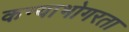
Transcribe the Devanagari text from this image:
कन्याभोगरता